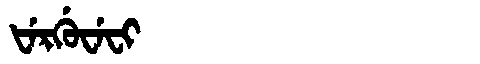
Manchu: ᡶᡝᡵᡤᡠᠸᡝᠸᡳ
Romanization: FERGUWEFI